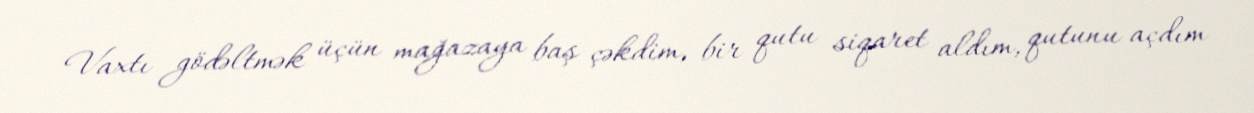
Vaxtı gödəltmək üçün mağazaya baş çəkdim, bir qutu siqaret aldım, qutunu açdım